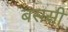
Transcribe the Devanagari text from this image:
बससी